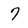
Character: 7